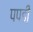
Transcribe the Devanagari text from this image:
पपडी़